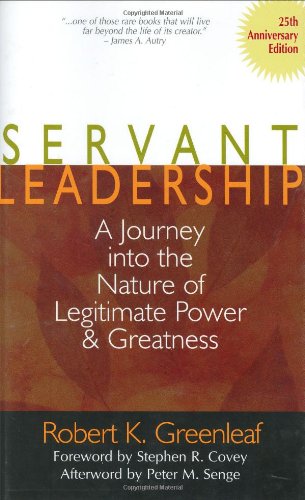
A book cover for Servant Leadership: A Journey into the Nature of Legitimate Power and Greatness 25th Anniversary Edition; Robert K. Greenleaf; Politics & Social Sciences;